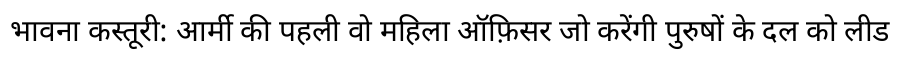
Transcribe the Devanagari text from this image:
भावना कस्तूरी: आर्मी की पहली वो महिला ऑफ़िसर जो करेंगी पुरुषों के दल को लीड